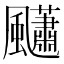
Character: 𩙚